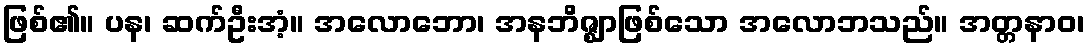
ဖြစ်၏။ ပန၊ ဆက်ဦးအံ့။ အလောဘော၊ အနဘိဇ္ဈာဖြစ်သော အလောဘသည်။ အတ္တနာဝ၊